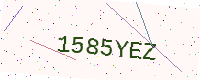
Text: 1585YEZ